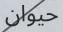
حيوان